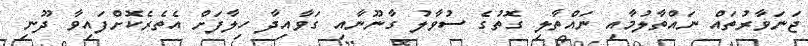
ޖަނަވާރުތައް ނައްތާލުމާއި ނައްތާލި ގޮތުގެ ސުވާލު ގާނޫނާއި ގަވާއިދާ ހިލާފަށް އެތެރެކޮށްފައިވާ ދޫނި